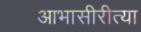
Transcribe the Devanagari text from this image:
आभासीरीत्या